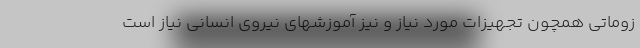
زوماتی همچون تجهیزات مورد نیاز و نیز آموزشهای نیروی انسانی نیاز است